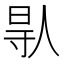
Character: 𠊛